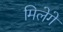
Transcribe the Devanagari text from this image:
मिलेगे